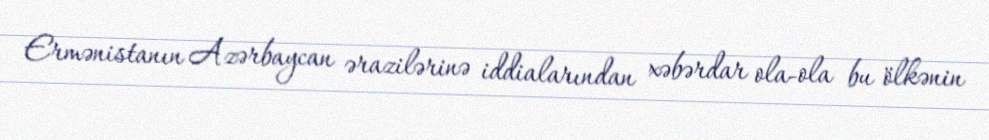
Ermənistanın Azərbaycan ərazilərinə iddialarından xəbərdar ola-ola bu ölkənin